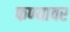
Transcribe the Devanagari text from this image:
फण्यावर